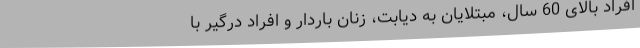
افراد بالای 60 سال، مبتلایان به دیابت، زنان باردار و افراد درگیر با